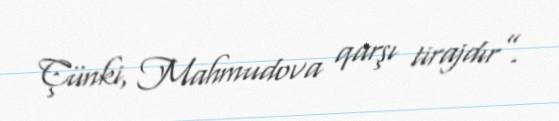
Çünki, Mahmudova qarşı tirajdır”.